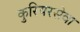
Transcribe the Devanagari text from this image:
कुरियरसेवा